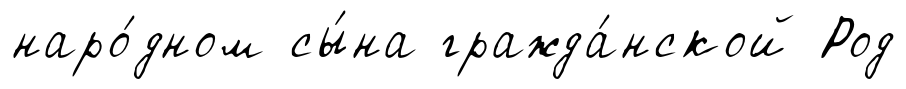
наро́дном сы́на гражда́нской Род